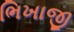
ભિખાજી